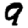
Digit: 9